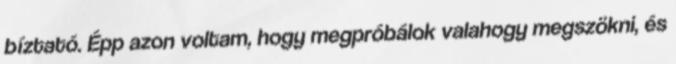
bíztató. Épp azon voltam, hogy megpróbálok valahogy megszökni, és